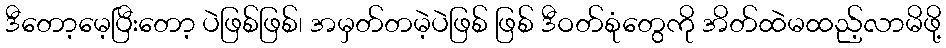
ဒီတော့မေ့ပြီးတော့ ပဲဖြစ်ဖြစ်၊ အမှတ်တမဲ့ပဲဖြစ် ဖြစ် ဒီဝတ်စုံတွေကို အိတ်ထဲမထည့်လာမိဖို့